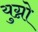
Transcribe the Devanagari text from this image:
युग्नो